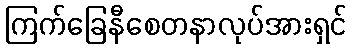
ကြက်ခြေနီစေတနာလုပ်အားရှင်